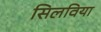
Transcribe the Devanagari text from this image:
सिलविया